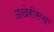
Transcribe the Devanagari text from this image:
अखेरीसचा